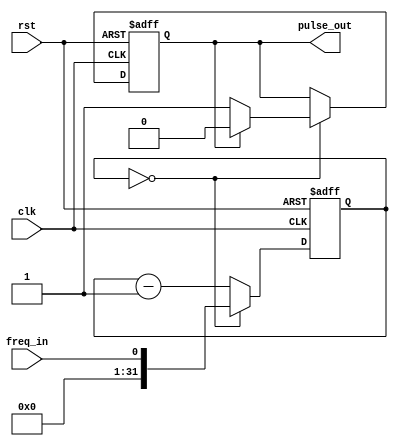
module VariableFrequencyPulseGenerator(
    input wire clk,       // System clock input
    input wire rst,       // Reset signal
    input wire freq_in,   // Input frequency control signal
    output reg pulse_out  // Output pulse signal
);

reg [31:0] counter;
reg [31:0] freq_divider;
reg pulse;

always @(posedge clk or posedge rst) begin
    if (rst) begin
        counter <= 0;
        freq_divider <= 0;
        pulse <= 0;
    end else begin
        if (freq_divider == 0) begin
            if (pulse == 1'b0) begin
                pulse <= 1'b1;
            end else begin
                pulse <= 1'b0;
            end
            freq_divider <= freq_in;
        end else begin
            freq_divider <= freq_divider - 1;
        end
    end
end

assign pulse_out = pulse;

endmodule